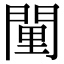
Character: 𨴻